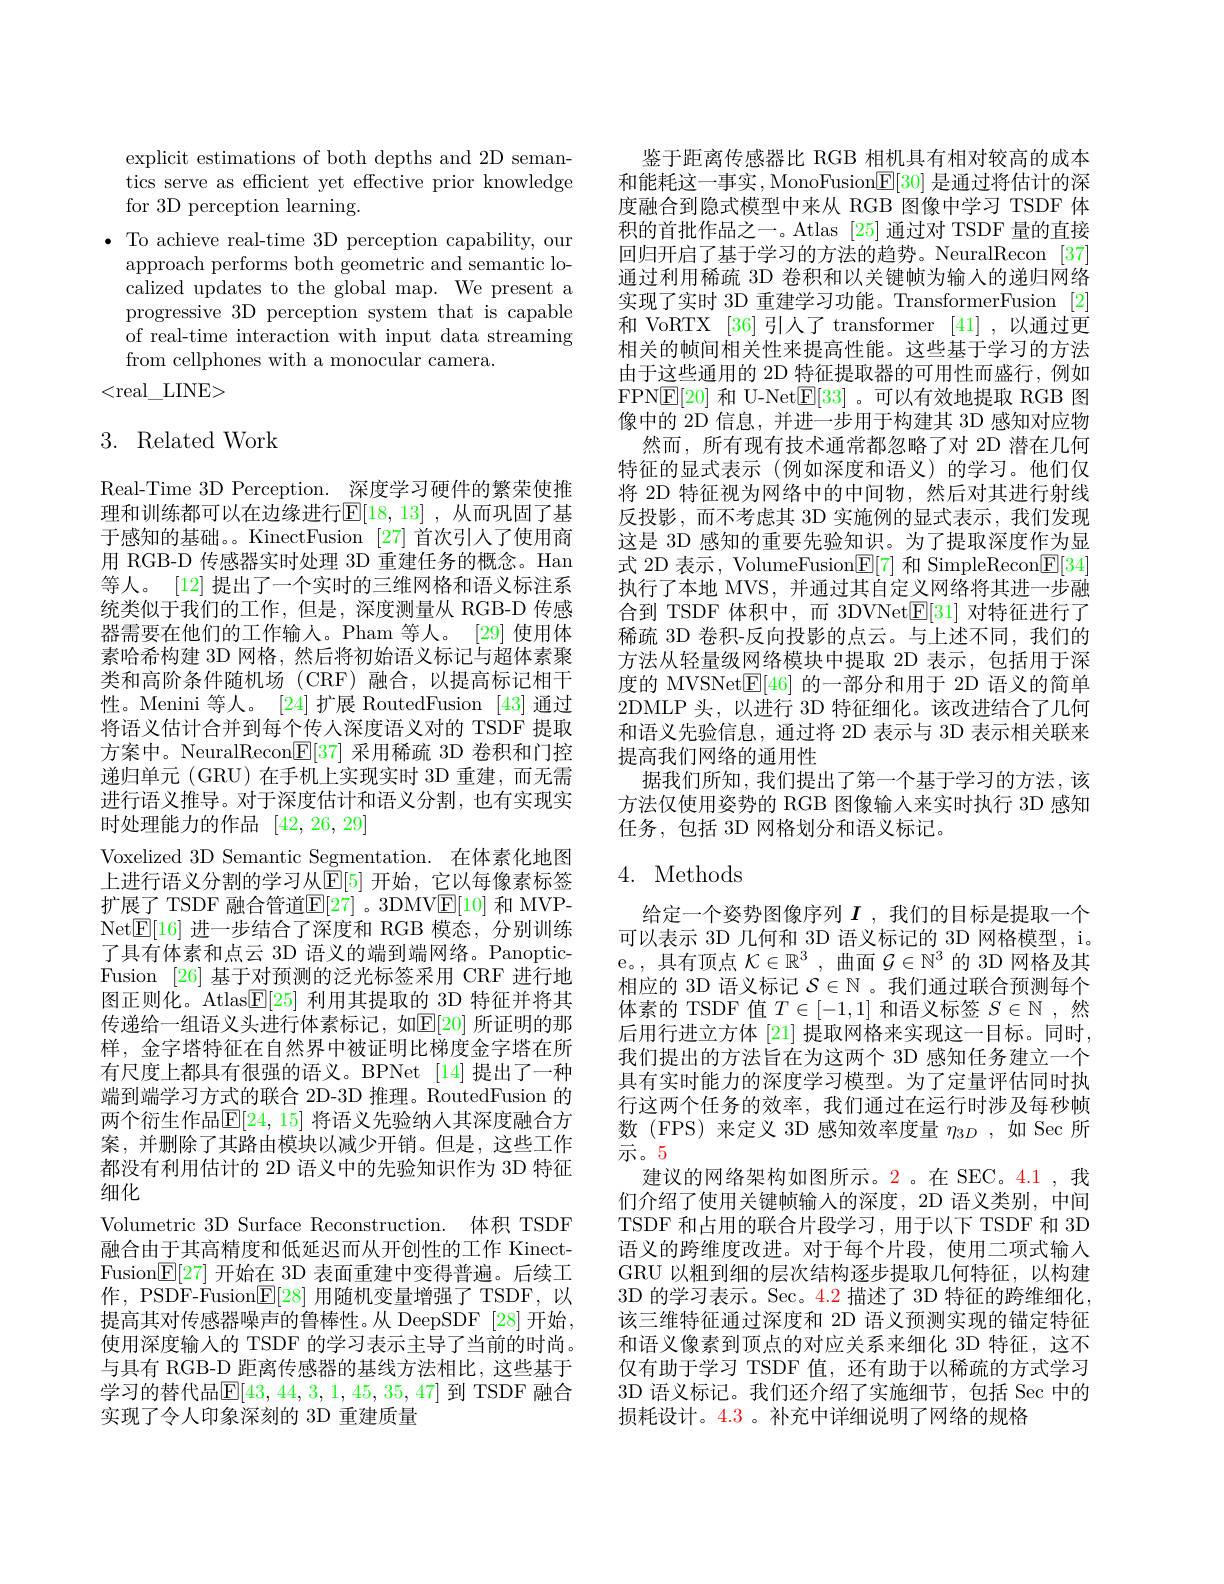
explicit estimations of both depths and 2D semantics serve as efficient yet effective prior knowledge for 3D perception learning.
$\bullet$ To achieve real-time 3D perception capability, our
approach performs both geometric and semantic localized updates to the global map. We present a progressive 3D perception system that is capable of real-time interaction with input data streaming from cellphones with a monocular camera.
<real\_LINE>

## 3. Related Work

Real-Time 3D Perception. 深度学习硬件的繁荣使推理和训练都可以在边缘进行$\mathbb{E}[18,13]$ ,从而巩固了基于感知的基础。。KinectFusion [27] 首次引人了使用商用 RGB-D 传感器实时处理 3D 重建任务的概念。Han 等人。[12] 提出了一个实时的三维网格和语义标注系统类似于我们的工作，但是，深度测量从 RGB-D 传感器需要在他们的工作输人。Pham 等人。[29]使用体素哈希构建 3D 网格，然后将初始语义标记与超体素聚类和高阶条件随机场(CRF)融合，以提高标记相干性。Menini 等人。[24]扩展 RoutedFusion [43]通过将语义估计合并到每个传人深度语义对的 TSDF 提取方案中。NeuralRecon$\underline{\mathbb{E}}[37]$采用稀疏 3D 卷积和门控递归单元 (GRU) 在手机上实现实时 3D 重建，而无需进行语义推导。对于深度估计和语义分割，也有实现实时处理能力的作品[42,26,29]
Voxelized 3D Semantic Segmentation.在体素化地图上进行语义分割的学习从$\mathbb{E}[5]$ 开始，它以每像素标签扩展了 TSDF 融合管道$\mathbb{E}[27]$ 。3DMV$\underline{\mathrm{E}}[10]$ 和 MVPNet$\mathbb{E}[16]$进一步结合了深度和 RGB 模态，分别训练了具有体素和点云 3D 语义的端到端网络。PanopticFusion [26]基于对预测的泛光标签采用 CRF 进行地图正则化。Atlas$\boxed{\mathrm{F}}[25]$利用其提取的 3D 特征并将其传递给一组语义头进行体素标记，如$\mathbb{E}[20]$ 所证明的那样，金字塔特征在自然界中被证明比梯度金字塔在所有尺度上都具有很强的语义。BPNet [14]提出了一种端到端学习方式的联合 2D-3D 推理。RoutedFusion 的两个衍生作品$\mathbb{E}[24,15]$ 将语义先验纳人其深度融合方案，并删除了其路由模块以减少开销。但是，这些工作都没有利用估计的 2D 语义中的先验知识作为 3D 特征细化
Volumetric 3D Surface Reconstruction. 体积 TSDF 融合由于其高精度和低延迟而从开创性的工作 KinectFusion$\boxed{\mathbb{F}}[27]$开始在 3D 表面重建中变得普遍。后续工作，PSDF-Fusion$\underline{\mathrm{E}}[28]$用随机变量增强了TSDF，以提高其对传感器噪声的鲁棒性。从 DeepSDF [28]开始， 使用深度输人的 TSDF 的学习表示主导了当前的时尚。与具有 RGB-D 距离传感器的基线方法相比，这些基于学习的替代品$\mathbb{E}[43,44,3,1,45,35,47]$ 到 TSDF 融合实现了令人印象深刻的 3D 重建质量

鉴于距离传感器比 RGB 相机具有相对较高的成本和能耗这一事实，MonoFusion$\boxed{\mathrm{E}}[30]$是通过将估计的深度融合到隐式模型中来从 RGB 图像中学习 TSDF 体积的首批作品之一。Atlas [25]通过对 TSDF 量的直接回归开启了基于学习的方法的趋势。NeuralRecon [37] 通过利用稀疏 3D 卷积和以关键帧为输入的递归网络实现了实时 3D 重建学习功能。TransformerFusion [2] 和 VoRTX [36] 引人了 transformer [41] ,以通过更相关的帧间相关性来提高性能。这些基于学习的方法由于这些通用的 2D 特征提取器的可用性而盛行，例如FPN$\underline{\mathrm{E}}[20]$和 U-Net$\underline{\mathrm{E}}[33]$。可以有效地提取 RGB 图像中的 2D 信息，并进一步用于构建其 3D 感知对应物
然而，所有现有技术通常都忽略了对 2D 潜在几何特征的显式表示 (例如深度和语义)的学习。他们仅将 2D 特征视为网络中的中间物，然后对其进行射线反投影，而不考虑其 3D 实施例的显式表示，我们发现这是 3D 感知的重要先验知识。为了提取深度作为显式 2D 表示，VolumeFusion$\mathbb{E}[7]$和 SimpleRecon$\mathbb{E}[34]$ 执行了本地 MVS, 并通过其自定义网络将其进一步融合到 TSDF 体积中，而 3DVNet$\underline{\mathrm{E}}[31]$对特征进行了稀疏 3D 卷积-反向投影的点云。与上述不同，我们的方法从轻量级网络模块中提取 2D 表示，包括用于深度的 MVSNet$\boxed{\mathrm{E}}[46]$的一部分和用于 2D 语义的简单2DMLP 头，以进行 3D 特征细化。该改进结合了几何和语义先验信息，通过将 2D 表示与 3D 表示相关联来提高我们网络的通用性
据我们所知，我们提出了第一个基于学习的方法，该方法仅使用姿势的 RGB 图像输入来实时执行 3D 感知任务，包括 3D 网格划分和语义标记。

## 4. Methods

给定一个姿势图像序列$I$ ,我们的目标是提取一个可以表示 3D 几何和 3D 语义标记的 3D 网格模型，i。e。,具有顶点$\mathcal{K} \in \mathbb{R} ^3$ , 曲 面 $\mathcal{G} \in \mathbb{N} ^3$的 3D 网格及其相应的 3D 语义标记$\mathcal{S}\in\mathbb{N}$ 。我们通过联合预测每个体素的 TSDF 值$T\in[-1,1]$和语义标签$S\in\mathbb{N}$ ,然后用行进立方体[21]提取网格来实现这一目标。同时， 我们提出的方法旨在为这两个 3D 感知任务建立一个具有实时能力的深度学习模型。为了定量评估同时执行这两个任务的效率，我们通过在运行时涉及每秒帧数(FPS)来定义 3D 感知效率度量$\eta_{3D}$,如 Sec 所示。5
建议的网络架构如图所示。2。在 SEC。4.1 ,我们介绍了使用关键帧输入的深度，2D 语义类别，中间TSDF 和占用的联合片段学习，用于以下 TSDF 和 3D 语义的跨维度改进。对于每个片段，使用二项式输入GRU 以粗到细的层次结构逐步提取几何特征，以构建3D 的学习表示。Sec。4.2 描述了 3D 特征的跨维细化， 该三维特征通过深度和 2D 语义预测实现的锚定特征和语义像素到顶点的对应关系来细化 3D 特征，这不仅有助于学习 TSDF 值，还有助于以稀疏的方式学习3D 语义标记。我们还介绍了实施细节，包括 Sec 中的损耗设计。4.3 。补充中详细说明了网络的规格